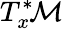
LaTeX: T_{x}^{*}\! {\mathcal{M}}